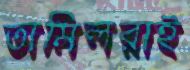
তামিলরাই